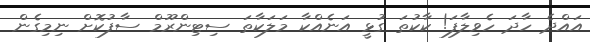
އައްދެ ހާދަ ހެވިލާފަ! ކާކުތަ ގުޅީ އަނެއްކާ މަލަކާތަ ސިޓިންރޫމް ސާފުކޮށް ނިމިގެން